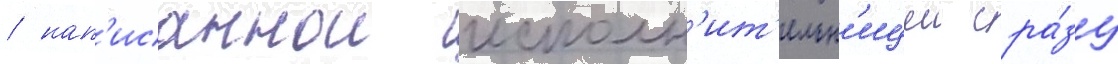
/ нап'исаннои исполн'ит'ельн'ицеи сра́зу